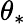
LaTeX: \theta_{*}